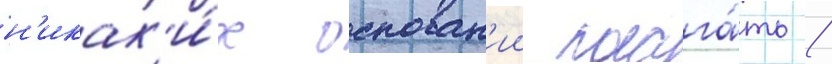
н'икак'и́х основан'ии полага́ть /